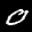
Label: 0